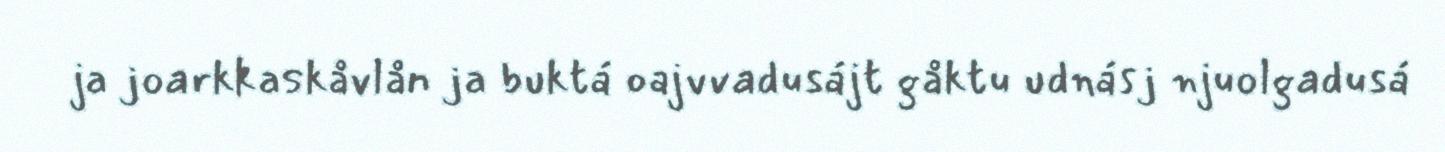
ja joarkkaskåvlån ja buktá oajvvadusájt gåktu udnásj njuolgadusá